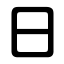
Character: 日